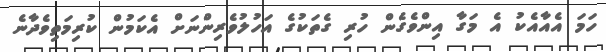
ހަމަ އެއާއެކު އެ މަގާ އިންވެގެން ހުރި ގެތަކުގެ އަހުލުވެރިންނަށް އެކަމުން ކުރިމަތިވެދާނެ